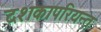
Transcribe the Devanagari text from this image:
दशकापरियन्त